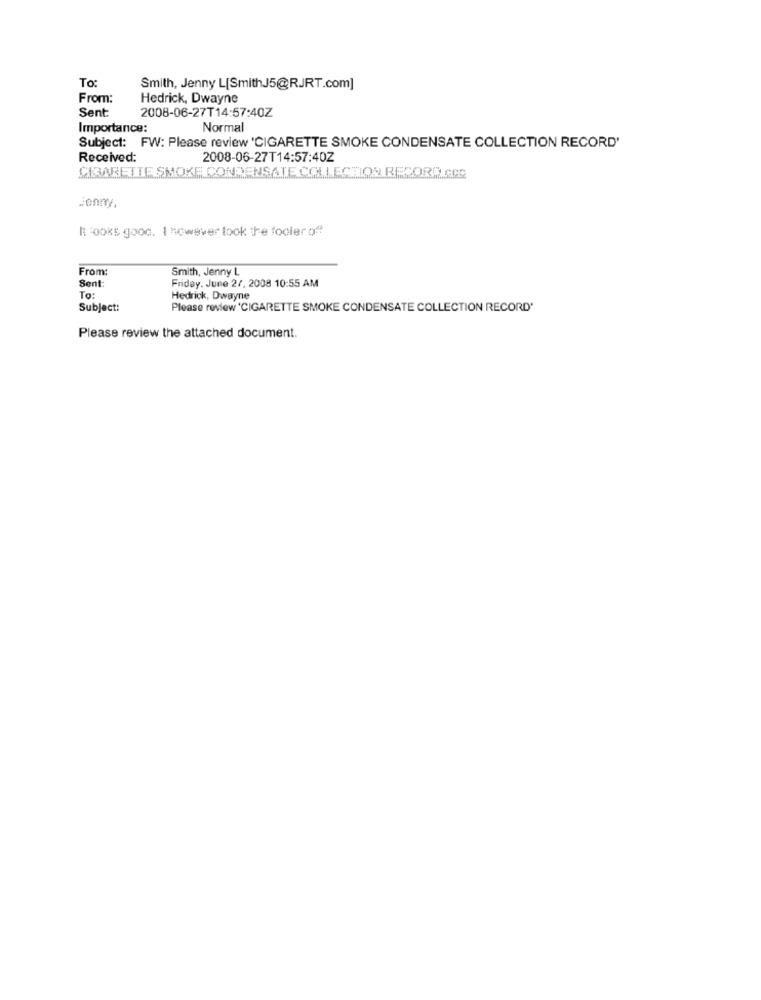
To:
Smith, Jenny L[SmithJ5@RJRT.com]
From:
Hedrick, Dwayne
Sent
2008-06-27T14:57:40Z
Importance:
Normal
Subject: FW: Please review 'CIGARETTE SMOKE CONDENSATE COLLECTION RECORD'
Received:
2008-06-27T14:57:40Z
CIGARETTE SMOKE CONDENSATE COLLECTION RECORD.CRC
Jenny,
looks good. 1 however look the fooler of
From:
Smith, Jenny L
Friday, June 27, 2008 10:55 AM
Sent:
To:
Hedrick, Dwayne
Subject:
Please review 'CIGARETTE SMOKE CONDENSATE COLLECTION RECORD'
Please review the attached document.